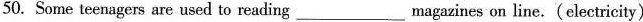
50. Some teenagers are used to reading___magazines on line.(electricity)